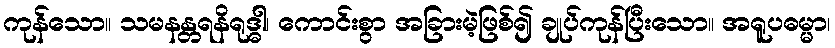
ကုန်သော။ သမနန္တရနိရုဒ္ဓါ၊ ကောင်းစွာ အခြားမဲ့ဖြစ်၍ ချုပ်ကုန်ပြီးသော။ အရူပဓမ္မာ၊